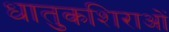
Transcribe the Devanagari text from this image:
धातुकशिराओं